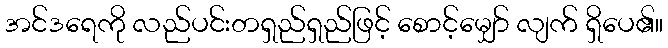
အင်ဒရေကို လည်ပင်းတရှည်ရှည်ဖြင့် စောင့်မျှော် လျက် ရှိပေ၏။